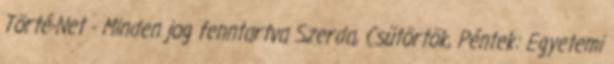
Törté-Net - Minden jog fenntartva Szerda, Csütörtök, Péntek: Egyetemi